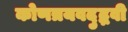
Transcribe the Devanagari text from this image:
कोणत्रयवदुद्भवी